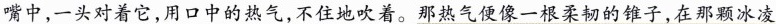
嘴中，一头对着它，用口中的热气，不住地吹着。那热气便像一根柔韧的锥子，在那颗冰凌